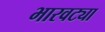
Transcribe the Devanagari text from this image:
भारवट्या